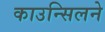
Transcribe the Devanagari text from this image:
काउन्सिलने